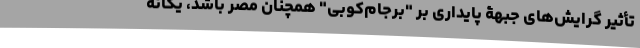
تأثیر گرایش‌های جبهۀ پایداری بر "برجام‌کوبی" همچنان مُصر باشد، یگانه